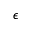
\epsilon